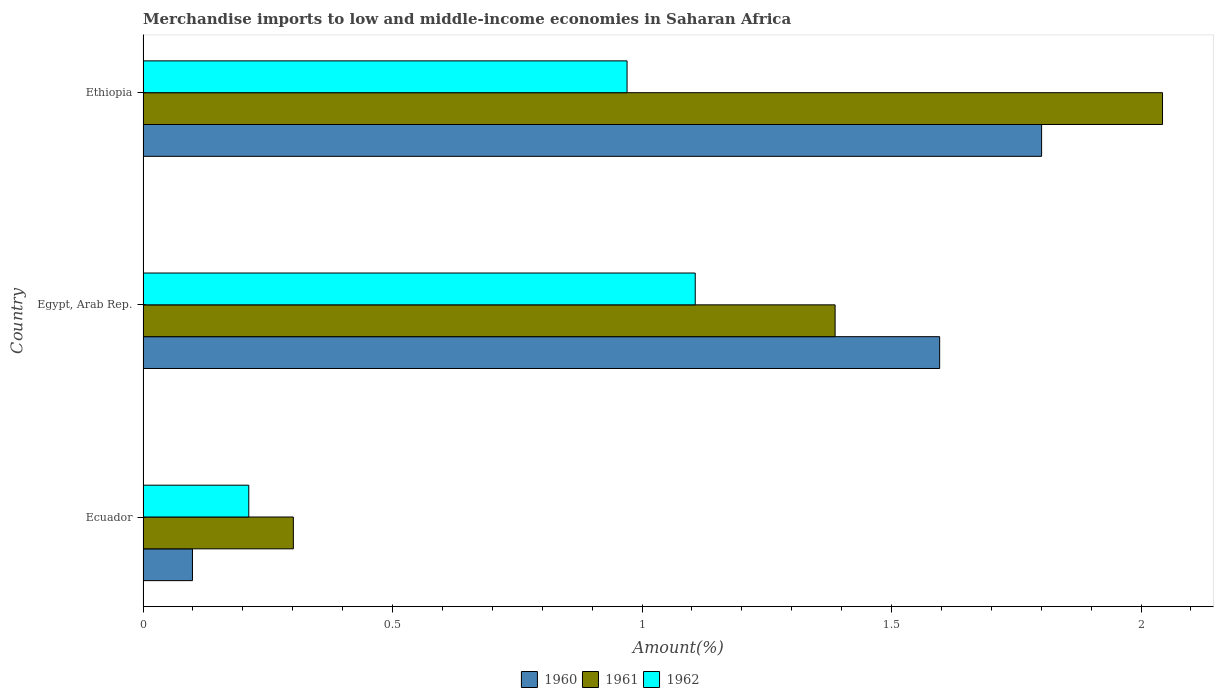
| Country | 1960 | 1961 | 1962 |
 | --- | --- | --- | --- |
 | Ecuador | 0.099 | 0.301 | 0.212 |
 | Egypt, Arab Rep. | 1.6 | 1.39 | 1.11 |
 | Ethiopia | 1.8 | 2.04 | 0.97 |